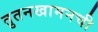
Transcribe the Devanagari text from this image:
तुतनखामनची